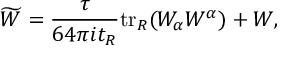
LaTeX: \widetilde { W } = \frac { \tau } { 6 4 \pi i t _ { R } } \mathrm { t r } _ { R } ( W _ { \alpha } W ^ { \alpha } ) + W ,